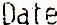
DATE